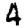
Digit: 4